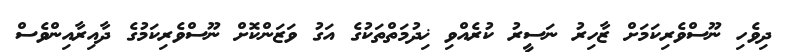
ދިވެހި ނޫސްވެރިކަމަށް ޒާހިރު ނަސީރު ކުރެއްވި ޚިދުމަތްތަކުގެ އަގު ވަޒަންކޮށް ނޫސްވެރިކަމުގެ ދާއިރާއިންވެސް